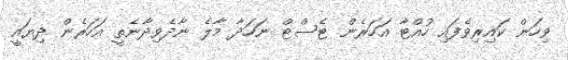
ވިހަން ކައިރިވެފައި ހުއްޓާ އަހަރެން ޓެސްޓް ނަހަދާ މާލެ ނާދެވިދާނެތީ އަހަރެން ދިޔައީ